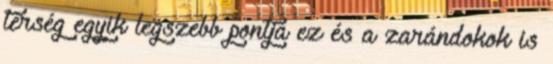
térség egyik legszebb pontja ez és a zarándokok is